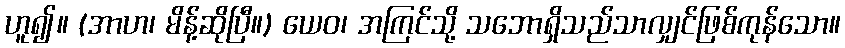
ဟူ၍။ (အာဟ၊ မိန့်ဆိုပြီ။) ယေဝ၊ အကြင်သို့ သဘောရှိသည်သာလျှင်ဖြစ်ကုန်သော။